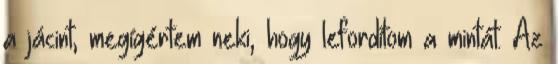
a jácint, megígértem neki, hogy lefordítom a mintát. Az